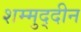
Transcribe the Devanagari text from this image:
शम्मुद्दीन